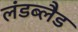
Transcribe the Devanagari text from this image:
लंडब्लैड